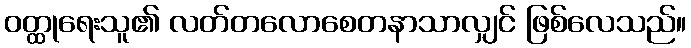
ဝတ္ထုရေးသူ၏ လတ်တလောစေတနာသာလျှင် ဖြစ်လေသည်။